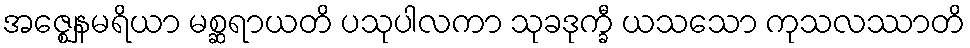
အဇ္ဈေနမရိယာ မစ္ဆရာယတိ ပသုပါလကာ သုခဒုက္ခီ ယသသော ကုသလဿာတိ